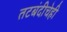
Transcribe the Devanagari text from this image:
तटबंदीचेही